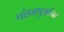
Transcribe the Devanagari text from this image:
पांडवपुत्रांचा